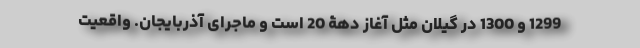
1299 و 1300 در گیلان مثل آغاز دهۀ 20 است و ماجرای آذربایجان. واقعیت